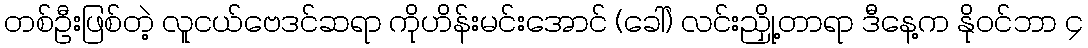
တစ်ဦးဖြစ်တဲ့ လူငယ်ဗေဒင်ဆရာ ကိုဟိန်းမင်းအောင် (ခေါ်) လင်းညှို့တာရာ ဒီနေ့က နိုဝင်ဘာ ၄